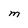
Character: m